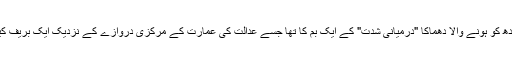
پولیس کا کہناہے کہ بدھ کو ہونے والا دھماکا "درمیانی شدت" کے ایک بم کا تھا جسے عدالت کی عمارت کے مرکزی دروازے کے نزدیک ایک بریف کیس میں چھپایا گیا تھا۔